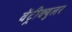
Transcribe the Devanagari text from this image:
वेंट्रीक्युलर